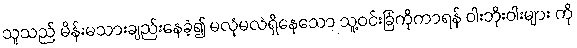
သူသည် မိန်းမသားချည်းနေခဲ့၍ မလုံမလဲရှိနေသော သူ့ဝင်းခြံကိုကာရန် ဝါးဘိုးဝါးများ ကို